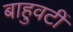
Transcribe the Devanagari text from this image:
बाहुवटीं